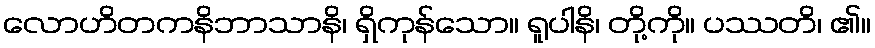
လောဟိတကနိဘာသာနိ၊ ရှိကုန်သော။ ရူပါနိ၊ တို့ကို။ ပဿတိ၊ ၏။